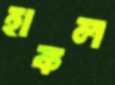
হাকল